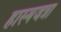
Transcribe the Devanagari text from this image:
हास्यजत्रा